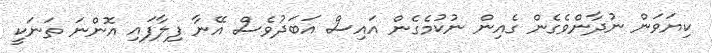
ކިޔަވަން ނުދާންވެގެން ގެއިން ނުކުމެގެން އައިސް އަބަދުވެސް އޭނާ ފިލާފައި އޮންނަ ތަނަކީ